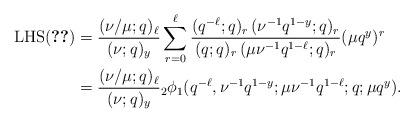
LaTeX: \begin{align*}\textrm{LHS(\ref{e.toprovelhs})}&= \frac{(\nu/\mu;q)_{\ell}}{(\nu;q)_y} \sum_{r=0}^{\ell} \frac{(q^{-\ell};q)_r \, (\nu^{-1} q^{1-y};q)_{r}}{(q;q)_r\, (\mu \nu^{-1} q^{1-\ell};q)_r} (\mu q^y)^r\\&=\frac{(\nu/\mu;q)_{\ell}}{(\nu;q)_y} {_2\phi_1} (q^{-\ell},\nu^{-1} q^{1-y};\mu\nu^{-1} q^{1-\ell};q;\mu q^y).\end{align*}